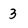
Character: 3